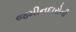
જમીનદારોની